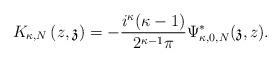
LaTeX: \begin{align*}K_{\kappa,N}\left(z,\mathfrak{z}\right)=-\frac{i^{\kappa}(\kappa-1)}{2^{\kappa-1}\pi}\Psi_{\kappa,0,N}^{*}(\mathfrak{z},z).\end{align*}